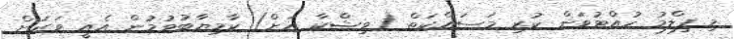
މި ފިލްމު ހުއްޓުވަން ކުރި މަސައްކަތް (ވިޝްކާ އަށް) ކާމިޔާބުވުމުން އެއީ ވަރަށް